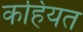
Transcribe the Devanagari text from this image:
कहियत